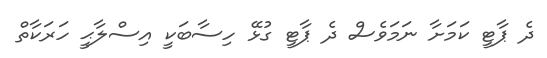
ދެ ޕާޓީ ކަމަށާ ނަމަވެސް ދެ ޕާޓީ ގުޅޭ ހިސާބަކީ އިސްލާޙީ ހަރަކާތް